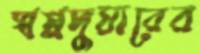
স্বপ্নদুয়ারের